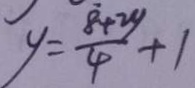
y = \frac { \dot { 8 } + 2 y } { 4 } + 1